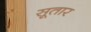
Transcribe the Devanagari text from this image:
सूतार